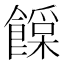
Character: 𩞛